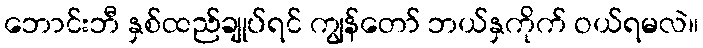
ဘောင်းဘီ နှစ်ထည်ချုပ်ရင် ကျွန်တော် ဘယ်နှကိုက် ဝယ်ရမလဲ။